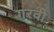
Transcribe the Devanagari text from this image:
गरवी